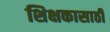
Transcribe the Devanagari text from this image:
शिक्षकासाठी